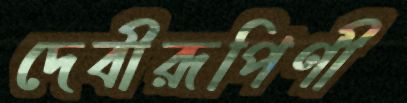
দেবীরূপিণী